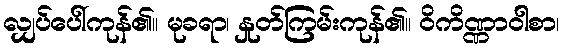
လျှပ်ပေါ်ကုန်၏။ မုခရာ၊ နှုတ်ကြမ်းကုန်၏။ ဝိကိဏ္ဏာဝါစာ၊